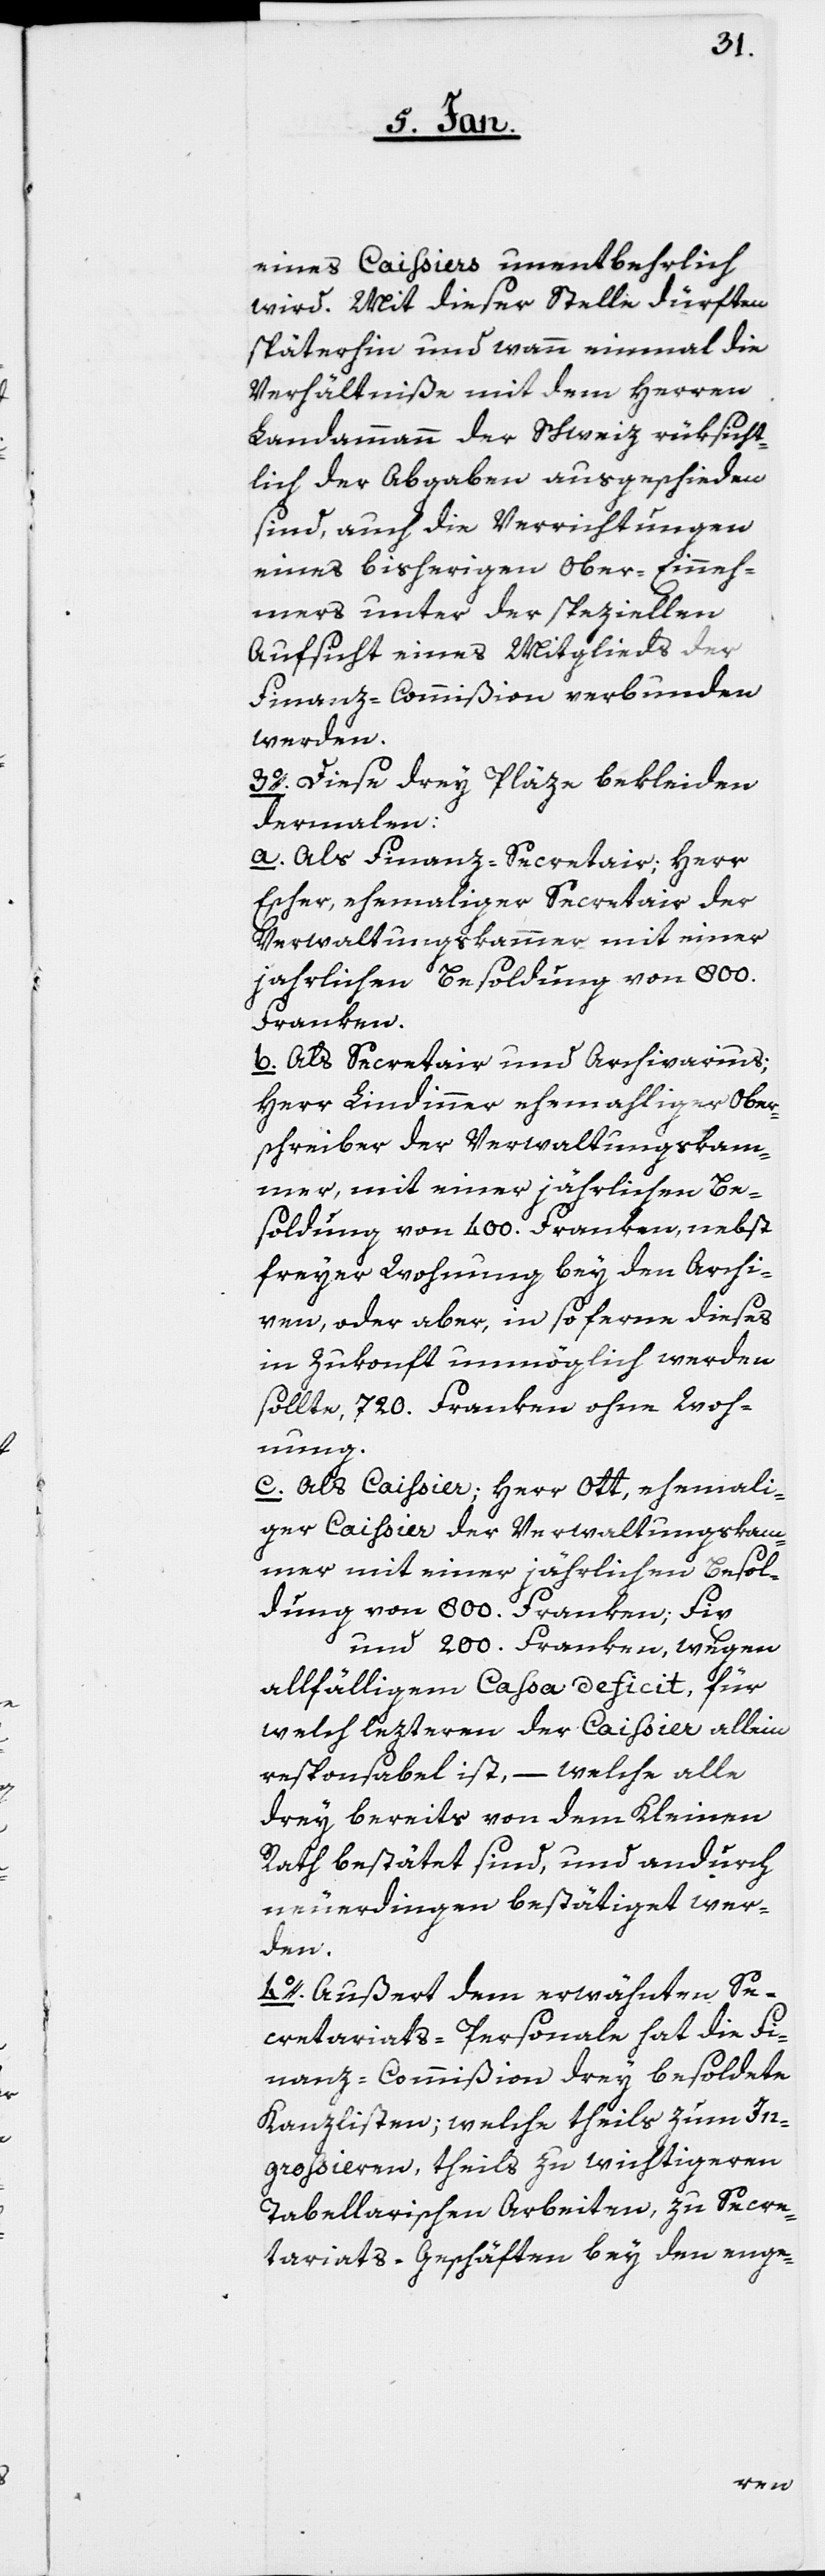
eines Caissiers unentbehrlich
wird. Mit dieser Stelle dürften
späterhin und wann einmal die
Verhältniße mit dem Herren
Landammann der Schweiz rüksicht¬
lich der Abgaben ausgeschieden
sind, auch die Verrichtungen
eines bisherigen Ober-Einneh¬
mers unter der speziellen
Aufsicht eines Mitglieds der
Finanz-Commißion verbunden
werden.
3o. Diese drey Pläze bekleiden
dermalen:
a. Als Finanz-Secretair; Herr
Escher, ehemaliger Secretair der
Verwaltungskammer, mit einer
jährlichen Besoldung von 800.
Franken.
b. Als Secretair und Archivarius:
Herr Lindinner, ehemaliger Ober¬
schreiber der Verwaltungskam¬
mer, mit einer jährlichen Be¬
soldung von 400. Franken, nebst
freyer Wohnung bey den Archi¬
ven, oder aber, insoferne dieses
in Zukonft unmöglich werden
sollte, 720. Franken ohne Woh¬
nung.
c. Als Caissier: Herr Ott, ehemali¬
ger Caissier der Verwaltungskam¬
mer, mit einer jährlichen Besol¬
dung von 800. Franken; fix
und 200. Franken, wegen
allfälligem Casa deficit, für
welch lezteren der Caissier allein
responsabel ist, – welche alle
drey bereits von dem Kleinen
Rath bestätet sind, und andurch
neuerdingen bestätiget wer¬
den.
4o. Außert dem erwähnten Se¬
cretariats-Personale hat die Fi¬
nanz-Commißion drey besoldete
Kanzlisten; welche theils zum In¬
großieren, theils zu wichtigeren
Tabellarischen Arbeiten, zu Secre¬
tariats-Geschäften bey den enge-